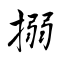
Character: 搦